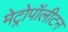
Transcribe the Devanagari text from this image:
मेट्रोपॉलीटन